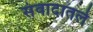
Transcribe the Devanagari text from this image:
संवादातले